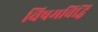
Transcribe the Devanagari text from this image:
विषमविद्धि